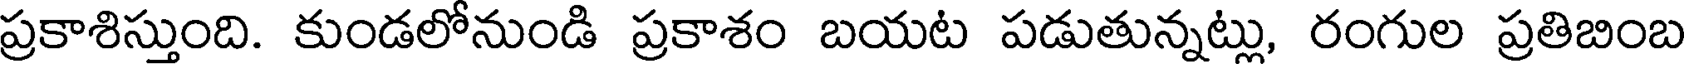
ప్రకాశిస్తుంది. కుండలోనుండి ప్రకాశం బయట పడుతున్నట్లు, రంగుల ప్రతిబింబ